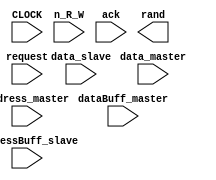
module Ass2(
	input CLOCK,
			n_R_W,
			request,
			ack,
	input [3:0] address_master,
					addressBuff_slave,
					data_master,
	input [3:0] data_slave,
	input [7:0] dataBuff_master,
	output rand
	);
endmodule